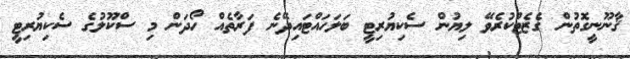
ޤާނޫނީގޮތުން ގެޒެޓްކުރެވޭ ލިޔުން ސެކިޔުރިޓީ ބަލަހައްޓައިދޭނެ ފަރާތެއް ހޯދަން މި ސްކޫލުގެ ސެކިޔުރިޓީ